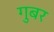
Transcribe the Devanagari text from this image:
गुबर